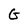
Character: G